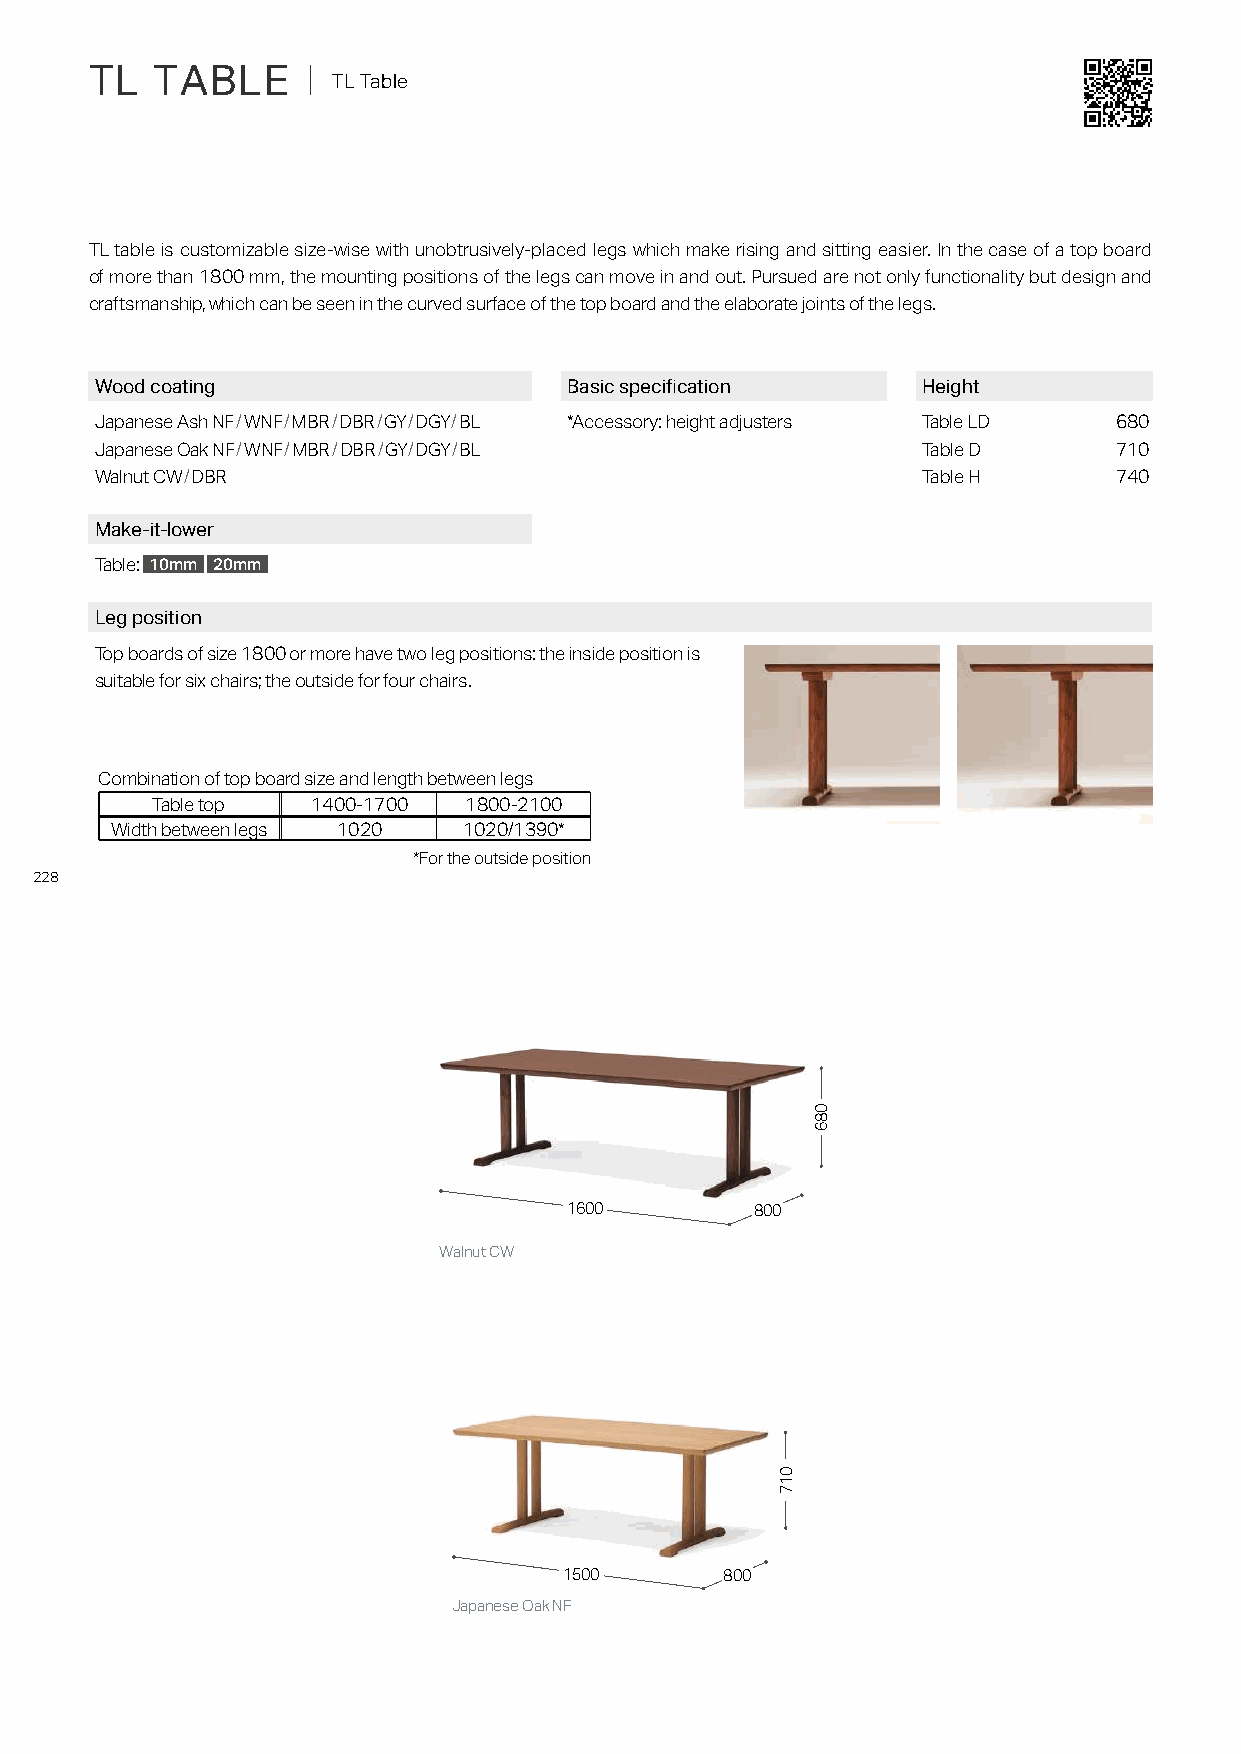
TL  TABLE     ｜ TL Table
 TL table is customizable size-wise with unobtrusively-placed legs which make rising and sitting easier. In the case of a top board
 of more than 1800 mm, the mounting positions of the legs can move in and out. Pursued are not only functionality but design and
 craftsmanship, which can be seen in the curved surface of the top board and the elaborate joints of the legs.
 Wood coating                    Basic specification    Height
 Japanese Ash NF/WNF/MBR/DBR/GY/DGY/BL *Accessory: height adjusters Table LD 680
 Japanese Oak NF/WNF/MBR/DBR/GY/DGY/BL                  Table D      710
 Walnut CW/DBR                                          Table H      740
 Make-it-lower
 Table: 10mm 20mm
 Leg position
 Top boards of size 1800 or more have two leg positions: the inside position is
 suitable for six chairs; the outside for four chairs.
 Combination of top board size and length between legs
 Table top  1400-1700 1800-2100
 Width between legs 1020 1020/1390*
 *For the outside position
 228
 1600         800
 Walnut CW
 1500       800
 Japanese Oak NF
 017
 086